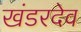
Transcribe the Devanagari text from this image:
खंडरदेव